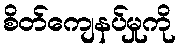
စိတ်ကျေနပ်မှုကို